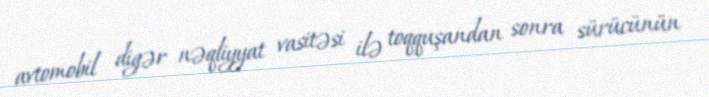
avtomobil digər nəqliyyat vasitəsi ilə toqquşandan sonra sürücünün